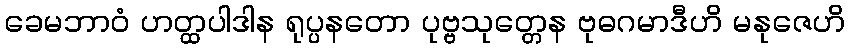
ခေမဘာဝံ ဟတ္ထပါဒါန ရုပ္ပနတော ပုဗ္ဗသုတ္တေန ဗုဓဂမာဒီဟိ မနုဇေဟိ